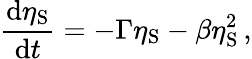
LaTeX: \frac{\mathrm{d}\eta_{\mathrm{S}}}{\mathrm{d}t}=-\Gamma\eta_{\mathrm{S}}-\beta\eta_{\mathrm{S}}^{2}\, ,